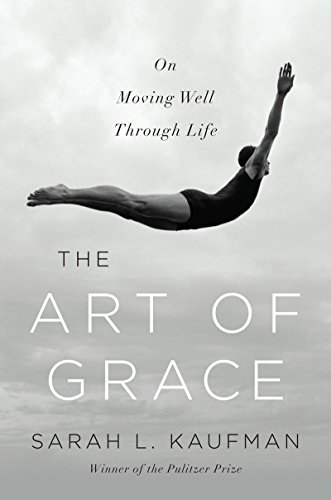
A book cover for The Art of Grace: On Moving Well Through Life; Sarah L. Kaufman; Humor & Entertainment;